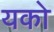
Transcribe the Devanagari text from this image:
यको